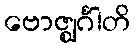
ဗောဇ္ဈင်္ဂါတိ